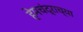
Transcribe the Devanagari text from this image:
हेमचंद्राच्या